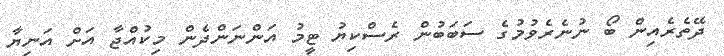
ދޭތެރެއިން ބޯ ނުނެރެވުމުގެ ސަބަބުން ރެސްކިޔު ޓީމު އަންނަންދެން މިކުއްޖާ އަށް އަނިޔާ